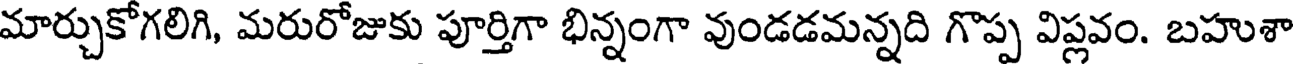
మార్చుకోగలిగి, మరురోజుకు పూర్తిగా భిన్నంగా వుండడమన్నది గొప్ప విప్లవం. బహుశా